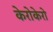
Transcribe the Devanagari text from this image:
केरोकेरो